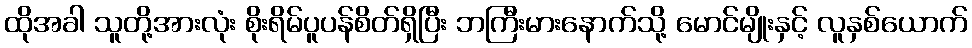
ထိုအခါ သူတို့အားလုံး စိုးရိမ်ပူပန်စိတ်ရှိပြီး ဘကြီးမားနောက်သို့ မောင်မျိုးနှင့် လူနှစ်ယောက်